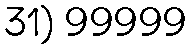
31) 99999